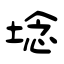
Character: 埝